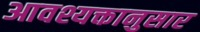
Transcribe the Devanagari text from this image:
आवश्यक्तानुसार